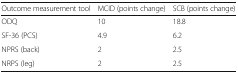
| Outcome measurement tool | MCID (points change) | SCB (points change) |
 | --- | --- | --- |
 | ODQ | 10 | 18.8 |
 | SF-36 (PCS) | 4.9 | 6.2 |
 | NPRS (back) | 2 | 2.5 |
 | NRPS (leg) | 2 | 2.5 |